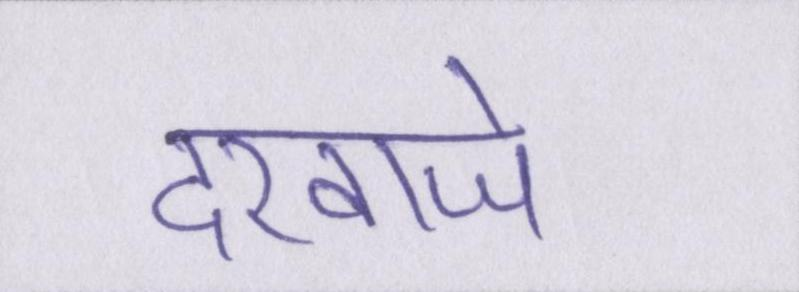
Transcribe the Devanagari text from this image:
दरवाजे